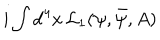
LaTeX: i \int \mathrm { d } ^ { 4 } x \, { \cal L } _ { 1 } ( \psi , \bar { \psi } , A )